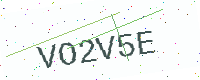
Text: VO2V5E